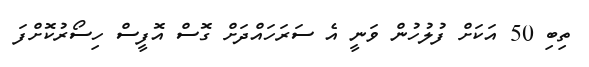
ތިބި 50 އަކަށް ފުލުހުން ވަނީ އެ ސަރަހައްދަށް ގޮސް އޮފީސް ހިސޯރުކޮށްފަ